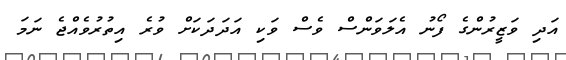
އަދި ވަޒީރުންގެ ފޯނު އެލަވަންސް ވެސް ވަކި އަދަދަކަށް ވުރެ އިތުރުވެއްޖެ ނަމަ